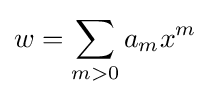
w=\sum _{m>0}a_{m}x^{m}